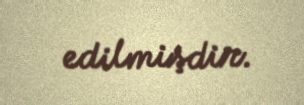
edilmişdir.